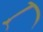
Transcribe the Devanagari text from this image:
र्‍ाु